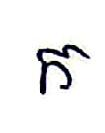
ក